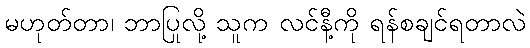
မဟုတ်တာ၊ ဘာပြုလို့ သူက လင်နီ့ကို ရန်စချင်ရတာလဲ